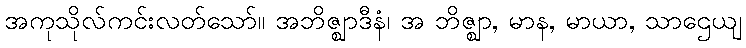
အကုသိုလ်ကင်းလတ်သော်။ အဘိဇ္ဈာဒီနံ၊ အ ဘိဇ္ဈာ, မာန, မာယာ, သာဌေယျ